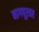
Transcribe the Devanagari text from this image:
नागपूरवर